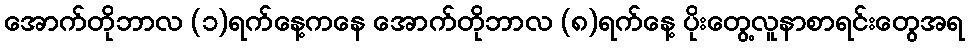
အောက်တိုဘာလ (၁)ရက်နေ့ကနေ အောက်တိုဘာလ (၈)ရက်နေ့ ပိုးတွေ့လူနာစာရင်းတွေအရ